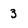
Character: 3